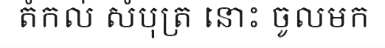
តំកល់ សំបុត្រ នោះ ចូលមក